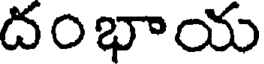
దంభాయ